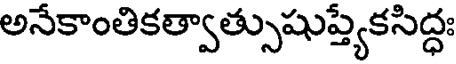
అనేకాంతికత్వాత్సుషుప్త్యేకసిద్ధః